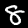
Digit: 8